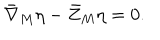
LaTeX: { \bar { \nabla } } _ { M } \eta - { \bar { Z } } _ { M } \eta = 0 .